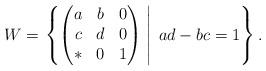
LaTeX: \begin{align*}W=\left. \left\{ \begin{pmatrix} a & b & 0 \\ c & d & 0 \\ * & 0 & 1 \end{pmatrix} \; \right |\; ad-bc=1\right\}.\end{align*}